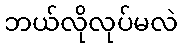
ဘယ်လိုလုပ်မလဲ